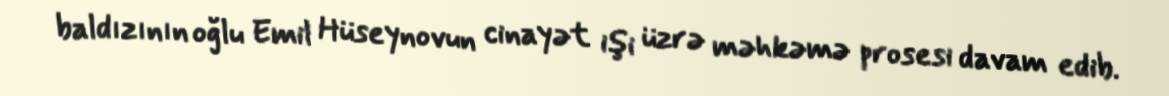
baldızının oğlu Emil Hüseynovun cinayət işi üzrə məhkəmə prosesi davam edib.